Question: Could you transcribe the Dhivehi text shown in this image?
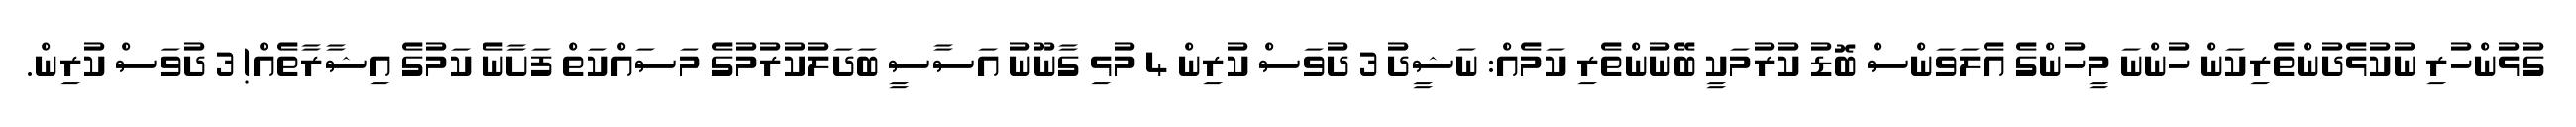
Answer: ގުޅުންހުރި ނުކުޅެދުންތެރިކަން ހުންނަ މީހުންގެ އެލަވަންސް ބޮޑު ކުރުމަކީ ބޭނުންތެރި ކަމެއް: ނަޝީދު 3 ދުވަސް ކުރިން 4 މުޅި ގާނޫނު އަސާސީ ބަދަލުކުރުމުގެ މަސައްކަތް ފަށާނެ ކަމުގެ އިޝާރާތެއް! 3 ދުވަސް ކުރިން.